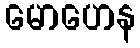
မောဟေန